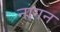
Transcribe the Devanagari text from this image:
नागन